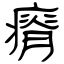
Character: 瘠